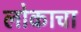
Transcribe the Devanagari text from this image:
लोकाचा